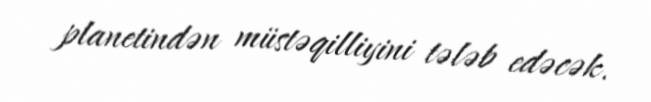
planetindən müstəqilliyini tələb edəcək.